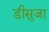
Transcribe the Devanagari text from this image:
डीसुजा